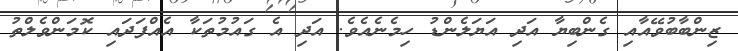
ޒިންބާބުވޭއާއި ގެންބިޔާ އަދި އަޔަލެންޑު ހިމެނެއެވެ. އަދި އެ ގައުމުތަކާ އެއްފަދައި ކޮމަންވެލްތު